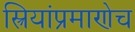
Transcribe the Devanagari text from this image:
स्त्रियांप्रमाणेच